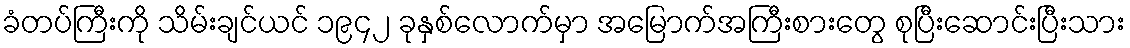
ခံတပ်ကြီးကို သိမ်းချင်ယင် ၁၉၄၂ ခုနှစ်လောက်မှာ အမြောက်အကြီးစားတွေ စုပြီးဆောင်းပြီးသား